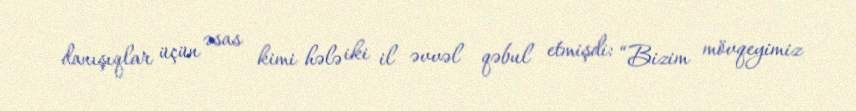
danışıqlar üçün əsas kimi hələ iki il əvvəl qəbul etmişdi: “Bizim mövqeyimiz